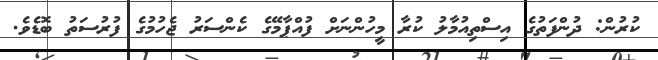
ކުރުން: ދުންފަތުގެ އިސްތިއުމާލު ކުރާ މީހުންނަށް ފުއްޕާމޭގެ ކެންސަރު ޖެހުމުގެ ފުރުސަތު ބޮޑެވެ.